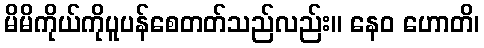
မိမိကိုယ်ကိုပူပန်စေတတ်သည်လည်း။ နေဝ ဟောတိ၊